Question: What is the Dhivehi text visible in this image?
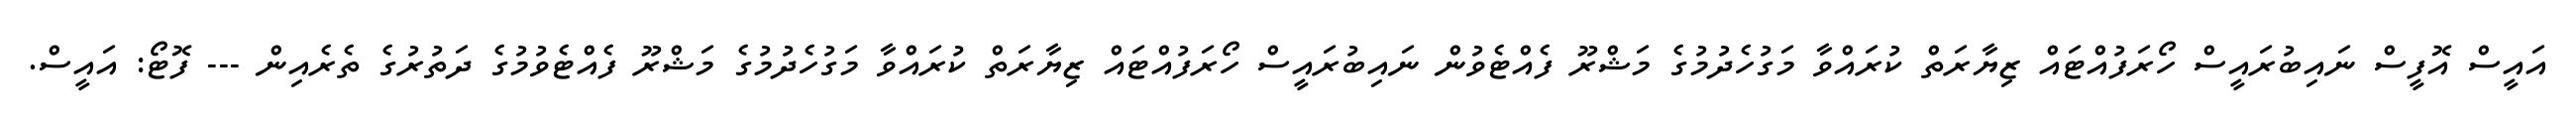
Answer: އައީސް އޮފީސް ނައިބުރައީސް ހޯރަފުއްޓައް ޒިޔާރަތް ކުރައްވާ މަގުހެދުމުގެ މަޝްރޫ ފެއްޓެވުން ނައިބުރައީސް ހޯރަފުއްޓައް ޒިޔާރަތް ކުރައްވާ މަގުހެދުމުގެ މަޝްރޫ ފެއްޓެވުމުގެ ދަތުރުގެ ތެރެއިން --- ފޮޓޯ: އައީސް.